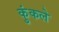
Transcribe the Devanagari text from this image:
कुंकले